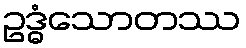
ဥဒ္ဓံသောတဿ